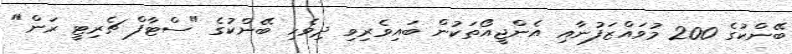
ބޭންކުގެ 200 މުވައްޒަފުނާއި އެންޖީއޯތަކުން ބައިވެރިވި ދިވެހި ބޭންކުގެ "ސްޓާފް ޗެރިޓީ ރަން"